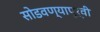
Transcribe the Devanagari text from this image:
सोडवण्यापूर्वी